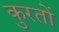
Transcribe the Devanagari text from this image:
कुरतों